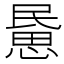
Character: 𢞰